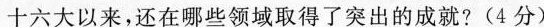
十六大以来,还在哪些领域取得了突出的成就?(4分